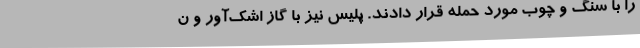
را با سنگ و چوب مورد حمله قرار دادند. پلیس نیز با گاز اشک‌آور و ن